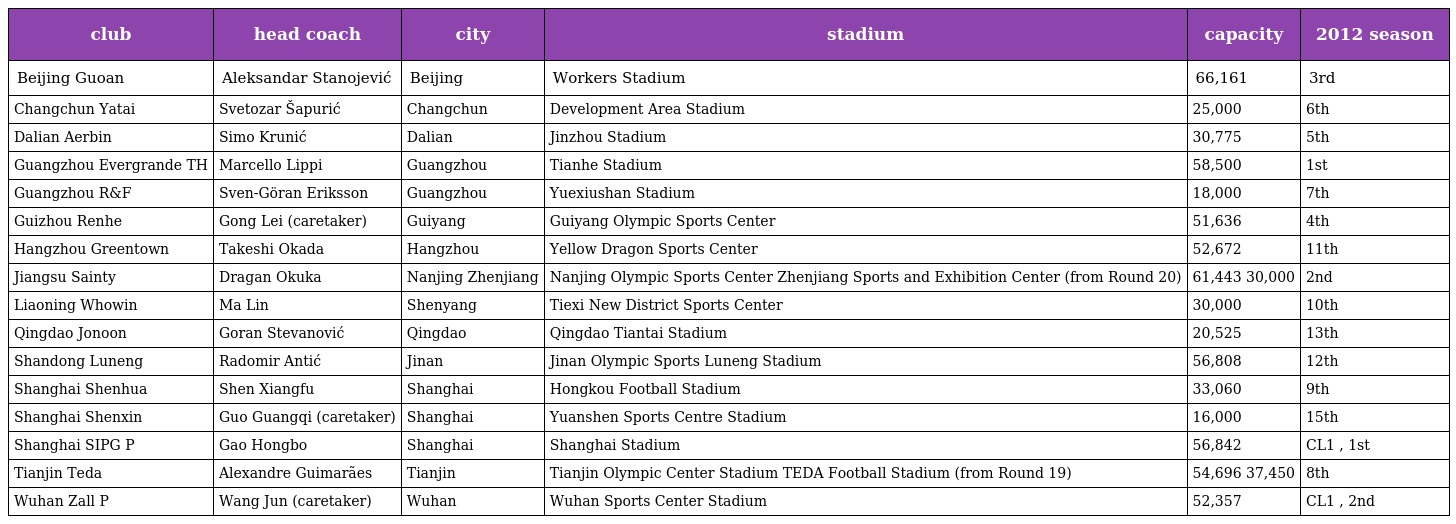
| club | head coach | city | stadium | capacity | 2012 season |
 | --- | --- | --- | --- | --- | --- |
 | Beijing Guoan | Aleksandar Stanojević | Beijing | Workers Stadium | 66,161 | 3rd |
 | Changchun Yatai | Svetozar Šapurić | Changchun | Development Area Stadium | 25,000 | 6th |
 | Dalian Aerbin | Simo Krunić | Dalian | Jinzhou Stadium | 30,775 | 5th |
 | Guangzhou Evergrande TH | Marcello Lippi | Guangzhou | Tianhe Stadium | 58,500 | 1st |
 | Guangzhou R&F | Sven-Göran Eriksson | Guangzhou | Yuexiushan Stadium | 18,000 | 7th |
 | Guizhou Renhe | Gong Lei (caretaker) | Guiyang | Guiyang Olympic Sports Center | 51,636 | 4th |
 | Hangzhou Greentown | Takeshi Okada | Hangzhou | Yellow Dragon Sports Center | 52,672 | 11th |
 | Jiangsu Sainty | Dragan Okuka | Nanjing Zhenjiang | Nanjing Olympic Sports Center Zhenjiang Sports and Exhibition Center (from Round 20) | 61,443 30,000 | 2nd |
 | Liaoning Whowin | Ma Lin | Shenyang | Tiexi New District Sports Center | 30,000 | 10th |
 | Qingdao Jonoon | Goran Stevanović | Qingdao | Qingdao Tiantai Stadium | 20,525 | 13th |
 | Shandong Luneng | Radomir Antić | Jinan | Jinan Olympic Sports Luneng Stadium | 56,808 | 12th |
 | Shanghai Shenhua | Shen Xiangfu | Shanghai | Hongkou Football Stadium | 33,060 | 9th |
 | Shanghai Shenxin | Guo Guangqi (caretaker) | Shanghai | Yuanshen Sports Centre Stadium | 16,000 | 15th |
 | Shanghai SIPG P | Gao Hongbo | Shanghai | Shanghai Stadium | 56,842 | CL1 , 1st |
 | Tianjin Teda | Alexandre Guimarães | Tianjin | Tianjin Olympic Center Stadium TEDA Football Stadium (from Round 19) | 54,696 37,450 | 8th |
 | Wuhan Zall P | Wang Jun (caretaker) | Wuhan | Wuhan Sports Center Stadium | 52,357 | CL1 , 2nd |